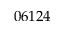
0 6 1 2 4